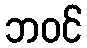
ဘဝင်